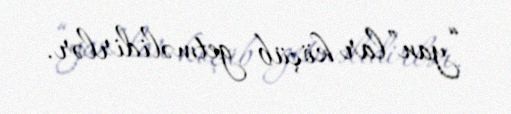
“yan”lar köçüb getməlidirlər.